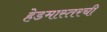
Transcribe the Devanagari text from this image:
हेडमास्तरची